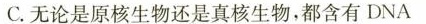
C. 无论是原核生物还是真核生物，都含有DNA